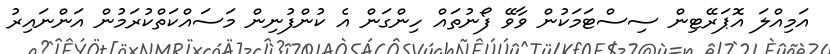
އަމިއްލަ އޮޕަރޭޓިން ސިސްޓަމަކުން ވާވޭ ފޯނުތައް ހިންގަން އެ ކުންފުނިން މަސައްކަތްކުރަމުން އަންނައިރު